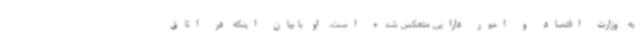
به وزارت اقتصاد و امور دارایی متعکس شده است. او با بیان اینکه در اتاق